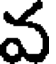
వ